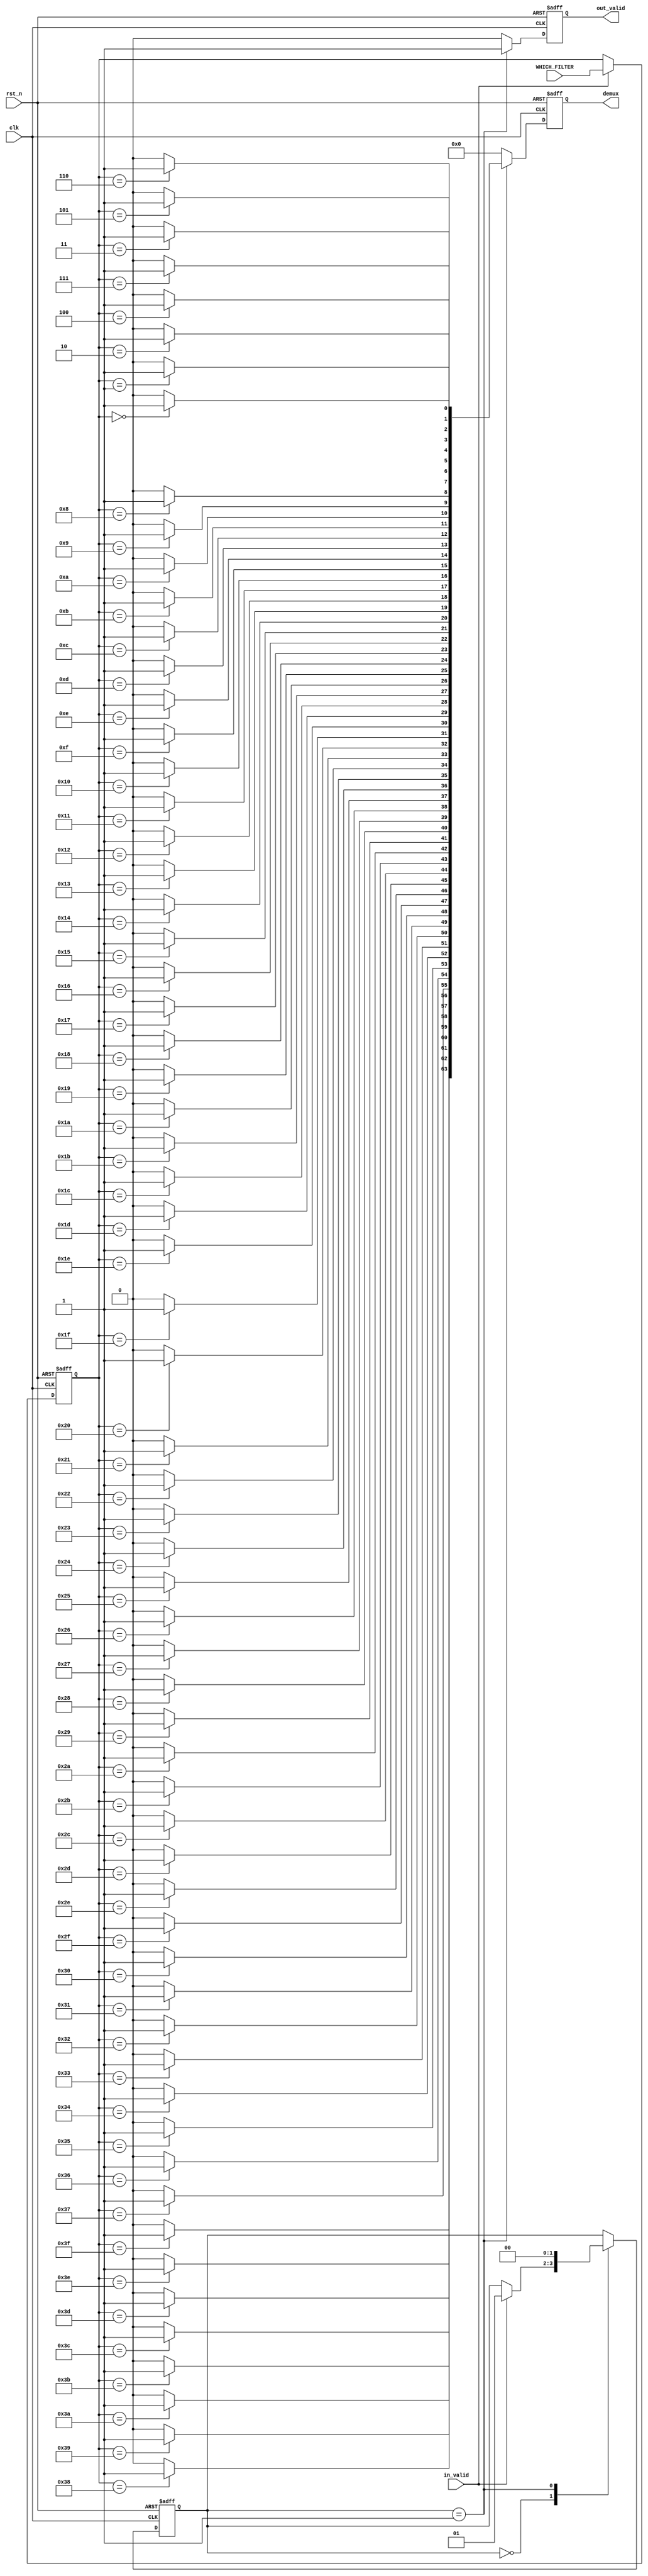


// this module 
// ===============================================================
// TOP MODULE
// ===============================================================
module Decoder
#(
    // parameter K=3,
    parameter NUM_MACRO = 1,
    // parameter IN_CH = 512,
    parameter OUT_CH = 64,
    parameter MAX_NUM_FILTER = 1
    // parameter ADC_PRECISION = 4,
    // parameter BIT_W = 8,
    // parameter BIT_IFM = 8
    // parameter out_ch = 512

)
(
    // input
	clk,
	rst_n,
    in_valid,
    WHICH_FILTER,
    // SHIFT_AND_ADD,

    // // output
    out_valid,
    // PE_OB
    // which_filter, 
    demux
    
);


// ===============================================================
// Parameter & Integer Declaration
// ===============================================================
integer i,j,k;
genvar gen_idx;
// localparam BIT_INPUT_SHIFT = ADC_PRECISION + BIT_W + (BIT_IFM - 1);
localparam BIT_OUT_CH = $clog2(OUT_CH);
parameter STATE_IDLE = 2'd0;
parameter STATE_SEL = 2'd1;
parameter STATE_DISTRIBUTE = 2'd2;
parameter STATE_ADD = 2'd3;




// ===============================================================
// wire & reg Declaration
// ===============================================================
reg [1:0] cur_state, next_state;
// reg [BIT_INPUT_SHIFT-1:0]   shift_and_add [0:NUM_MACRO-1][0:MAX_NUM_FILTER-1];
reg [BIT_OUT_CH-1:0]        which_filter    [0:NUM_MACRO-1][0:MAX_NUM_FILTER-1];
// reg [(BIT_IFM + BIT_W + $clog2(K*IN_CH)) - 1:0] add [0:OUT_CH-1];

// reg [BIT_INPUT_SHIFT-1:0]   filter_choose_Shift_and_Add [0:NUM_MACRO-1][0:OUT_CH-1];
// reg [BIT_INPUT_SHIFT-1:0]   filter_choose_Shift_and_Add_next [0:NUM_MACRO-1][0:OUT_CH-1];
// reg [OUT_CH-1:0]            demux                                   [0:NUM_MACRO-1][0:MAX_NUM_FILTER-1];
reg [OUT_CH-1:0]            demux_reg                                   [0:NUM_MACRO-1][0:MAX_NUM_FILTER-1];
reg [MAX_NUM_FILTER-1:0]      sel_filter_choose_Shift_and_Add         [0:NUM_MACRO-1][0:OUT_CH-1];
reg [MAX_NUM_FILTER-1:0]      sel_filter_choose_Shift_and_Add_next    [0:NUM_MACRO-1][0:OUT_CH-1];



// 
// always @(*)begin
//     for(i=0;i<NUM_MACRO;i=i+1)begin
//         for(j=0;j<MAX_NUM_FILTER;j=j+1)begin
//             which_filter[i][j] = j;
//         end
//     end
// end

// ===============================================================
// Input & Output Declaration
// ===============================================================
input clk, in_valid, rst_n;
input [NUM_MACRO * MAX_NUM_FILTER * BIT_OUT_CH-1 : 0] WHICH_FILTER;
// input [NUM_MACRO * MAX_NUM_FILTER * BIT_INPUT_SHIFT-1 : 0] SHIFT_AND_ADD;

output reg out_valid;
// output reg [OUT_CH * (BIT_IFM + BIT_W + $clog2(K*IN_CH)) - 1:0] PE_OB;
// input  [BIT_OUT_CH-1:0]        which_filter    [0:NUM_MACRO-1][0:MAX_NUM_FILTER-1];
// output reg [OUT_CH-1:0]            demux                                   [0:NUM_MACRO-1][0:MAX_NUM_FILTER-1];
output reg [NUM_MACRO*MAX_NUM_FILTER*OUT_CH-1:0]            demux        ;


//================================================================
// DESIGN
//================================================================
// FSM
always@(posedge clk or negedge rst_n)begin
    if(!rst_n)begin
        cur_state <= STATE_IDLE;
    end
    else begin
        cur_state <= next_state;
    end
end
always@*begin
    next_state = cur_state;

    case(cur_state)
    STATE_IDLE:begin
        if(in_valid)begin
            next_state = STATE_SEL;
        end
    end
    STATE_SEL:begin
        // next_state = STATE_DISTRIBUTE;
        next_state = STATE_IDLE;
    end
    // STATE_DISTRIBUTE:begin
    //     next_state = STATE_ADD;
    // end
    // STATE_ADD:begin
    //     next_state = STATE_IDLE;
    // end
    endcase
end





// distribute input signal
// always@(posedge clk or negedge rst_n)begin
//     if(!rst_n)begin
//         for(i=0;i<NUM_MACRO;i=i+1)begin
//             for(j=0;j<MAX_NUM_FILTER;j=j+1)begin
//                 // which_filter[i][j] <= 0;
//                 shift_and_add[i][j] <= 0;
//             end
//         end
//     end
//     else if(in_valid)begin
//         for(i=0;i<NUM_MACRO;i=i+1)begin
//             for(j=0;j<MAX_NUM_FILTER;j=j+1)begin
//                 // which_filter[i][j]  <= WHICH_FILTER[
//                 //                                         (i*MAX_NUM_FILTER*BIT_OUT_CH 
//                 //                                         +j*BIT_OUT_CH)
//                 //                                         +:
//                 //                                         BIT_OUT_CH];
//                 shift_and_add[i][j] <= SHIFT_AND_ADD[
//                                                         (i*MAX_NUM_FILTER*BIT_INPUT_SHIFT
//                                                         +j*BIT_INPUT_SHIFT)
//                                                         +: 
//                                                         BIT_INPUT_SHIFT];
//             end
//         end
//     end
// end




// sequential
// always@(posedge clk or negedge rst_n)begin
//     if(!rst_n)begin
//         for(i=0;i<NUM_MACRO;i=i+1)begin
//             for(j=0;j<OUT_CH;j=j+1)begin
//                 // sel_filter_choose_Shift_and_Add[i][j] <= 0;
//                 filter_choose_Shift_and_Add[i][j] <=0;
//             end
//         end


//     end
//     else begin
//         for(i=0;i<NUM_MACRO;i=i+1)begin
//             for(j=0;j<OUT_CH;j=j+1)begin
//                 // sel_filter_choose_Shift_and_Add[i][j] <= sel_filter_choose_Shift_and_Add_next[i][j]; 
//                 filter_choose_Shift_and_Add[i][j] <=filter_choose_Shift_and_Add_next[i][j];
//             end
//         end
//     end
// end



// distribute
// i : NUM_MACRO 
// j : OUT_CH
// k : MAX_NUM_FILTER



// STATE_SEL
// inside each Macro
//      which_filter[0]==0 => demux[0]==0000....0001
//      which_filter[0]==1 => demux[0]==0000....0010


always@(posedge clk or negedge rst_n)begin
    if(!rst_n)begin
        for(i=0;i<NUM_MACRO;i=i+1)begin
            for(j=0;j<MAX_NUM_FILTER;j=j+1)begin
                which_filter[i][j]  <= 0;
            end
        end
    
    end
    else if (in_valid) begin
        for(i=0;i<NUM_MACRO;i=i+1)begin
            for(j=0;j<MAX_NUM_FILTER;j=j+1)begin
                which_filter[i][j]  <= WHICH_FILTER[
                                        (i*MAX_NUM_FILTER*BIT_OUT_CH 
                                        +j*BIT_OUT_CH)
                                        +:
                                        BIT_OUT_CH];
            end
        end
    end
end



always @(*) begin
  
    for(i=0;i<NUM_MACRO;i=i+1)begin
        for(k=0;k<MAX_NUM_FILTER;k=k+1)begin
            for(j=0;j<OUT_CH;j=j+1)begin
                demux_reg[i][k][j] = (which_filter[i][k]==j) ? 1'b1 : 1'b0;
            end
        end
    end

    
    
end

// always @(*) begin
//     for(i=0;i<NUM_MACRO;i=i+1)begin
//         for(j=0;j<OUT_CH;j=j+1)begin
//             for(k=0;k<MAX_NUM_FILTER;k=k+1)begin
//                 sel_filter_choose_Shift_and_Add_next[i][j][k] = demux[i][k][j];
//             end
//         end
//     end
    
// end
// always @(*) begin
//     for(i=0;i<NUM_MACRO;i=i+1)begin
//         for(j=0;j<OUT_CH;j=j+1)begin
//             for(k=0;k<MAX_NUM_FILTER;k=k+1)begin
//                 sel_filter_choose_Shift_and_Add[i][j][k] = demux[i][k][j];
//             end
//         end
//     end
    
// end




// // STATE_DISTRIBUTE
// // inside each Macro
// //      filter_choose_Shift_and_Add[0] = 0 (default)
// //      {demux[0][0], demux[1][0], demux[2][0], ...demux[MAX_NUM_FILTER][0]} = 1000....0000 => filter_choose_Shift_and_Add[0] = shift_and_add[0]
// //      {demux[0][0], demux[1][0], demux[2][0], ...demux[MAX_NUM_FILTER][0]} = 0100....0000 => filter_choose_Shift_and_Add[0] = shift_and_add[1]
// //      {demux[0][0], demux[1][0], demux[2][0], ...demux[MAX_NUM_FILTER][0]} = 0010....0000 => filter_choose_Shift_and_Add[0] = shift_and_add[2]
// always @(*) begin
//     for(i=0;i<NUM_MACRO;i=i+1)begin
//         for(j=0;j<OUT_CH;j=j+1)begin
//             filter_choose_Shift_and_Add_next[i][j] = 0;
            
//             for(k=0;k<MAX_NUM_FILTER;k=k+1)begin
//                 if(sel_filter_choose_Shift_and_Add[i][j][k]==1'b1)begin
//                     filter_choose_Shift_and_Add_next[i][j] = shift_and_add[i][k];
//                 end
//             end
//         end
//     end
// end






// // add
// always@(*)begin
//     for(i=0;i<OUT_CH;i=i+1)begin
//         add[i] = 0;
//         add[i] = add[i] + PE_OB[i];
//         for(j=0;j<NUM_MACRO;j=j+1)begin

//             // filter_choose_Shift_and_Add is NUM_MACRO * OUT_CH,
//             // so need to [j][i] not [i][j]
//             add[i] = add[i] + filter_choose_Shift_and_Add[j][i]; // sum up all Macro along same out_ch, won't have latch
//         end
//     end
// end


// reg [OUT_CH-1:0]            demux_reg                                   [0:NUM_MACRO-1][0:MAX_NUM_FILTER-1];


// // output
always@(posedge clk or negedge rst_n)begin
    if(!rst_n)begin
        out_valid <=0;
        // PE_OB <= 0;
        
        demux<=0;
       
    end
    else if(cur_state==STATE_SEL)begin
        out_valid <= 1;
        // for(i=0;i<OUT_CH;i=i+1)begin
        //     PE_OB[i*(BIT_IFM + BIT_W + $clog2(K*IN_CH)) +: (BIT_IFM + BIT_W + $clog2(K*IN_CH)) ] <= add[i];        
        // end
        for(i=0;i<NUM_MACRO;i=i+1)begin
            for(k=0;k<MAX_NUM_FILTER;k=k+1)begin
                
                demux[i*MAX_NUM_FILTER*OUT_CH + k*OUT_CH +: OUT_CH] <=demux_reg[i][k];
            end
        end
    end
    else begin
        out_valid <= 0;
   
        demux<=0;
       
    end
end



endmodule